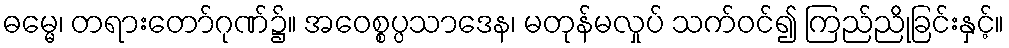
ဓမ္မေ၊ တရားတော်ဂုဏ်၌။ အဝေစ္စပ္ပသာဒေန၊ မတုန်မလှုပ် သက်ဝင်၍ ကြည်ညိုခြင်းနှင့်။